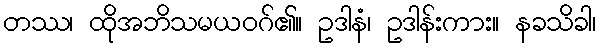
တဿ၊ ထိုအဘိသမယဝဂ်၏။ ဥဒါနံ၊ ဥဒါန်းကား။ နခသိခါ၊